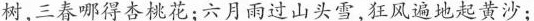
树，三春哪得杏桃花；六月雨过山头雪，狂风遍地起黄沙；